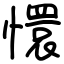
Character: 懁